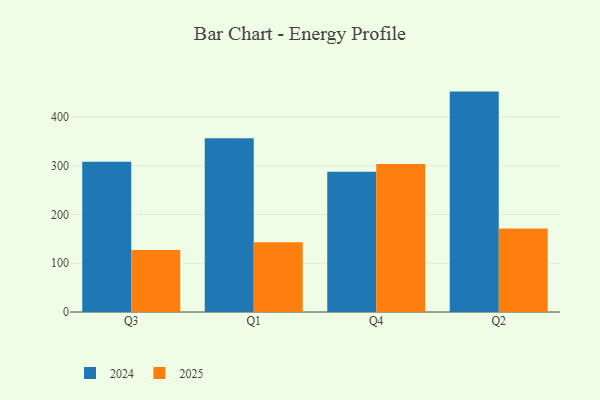
{"axis": {"x": "Quarter", "y": "Waste Production (Tons)"}, "legend": ["2024", "2025"], "data": [{"x": "Q3", "y": 308.4, "type": "2024"}, {"x": "Q3", "y": 127.4, "type": "2025"}, {"x": "Q1", "y": 356.7, "type": "2024"}, {"x": "Q1", "y": 143.3, "type": "2025"}, {"x": "Q4", "y": 287.8, "type": "2024"}, {"x": "Q4", "y": 303.8, "type": "2025"}, {"x": "Q2", "y": 452.4, "type": "2024"}, {"x": "Q2", "y": 171.6, "type": "2025"}]}